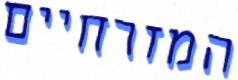
המזרחיים